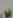
م